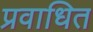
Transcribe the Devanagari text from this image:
प्रवाधित